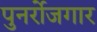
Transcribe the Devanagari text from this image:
पुनर्रोजगार